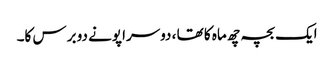
ایک بچہ چھ ماہ کا تھا ، دوسرا پونے دو برس کا۔